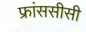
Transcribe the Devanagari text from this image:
फ्रांससीसी